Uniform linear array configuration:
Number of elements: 32
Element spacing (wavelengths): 1
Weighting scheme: blackman
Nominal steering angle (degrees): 15
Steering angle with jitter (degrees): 14.33
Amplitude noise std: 0.05
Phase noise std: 0.05

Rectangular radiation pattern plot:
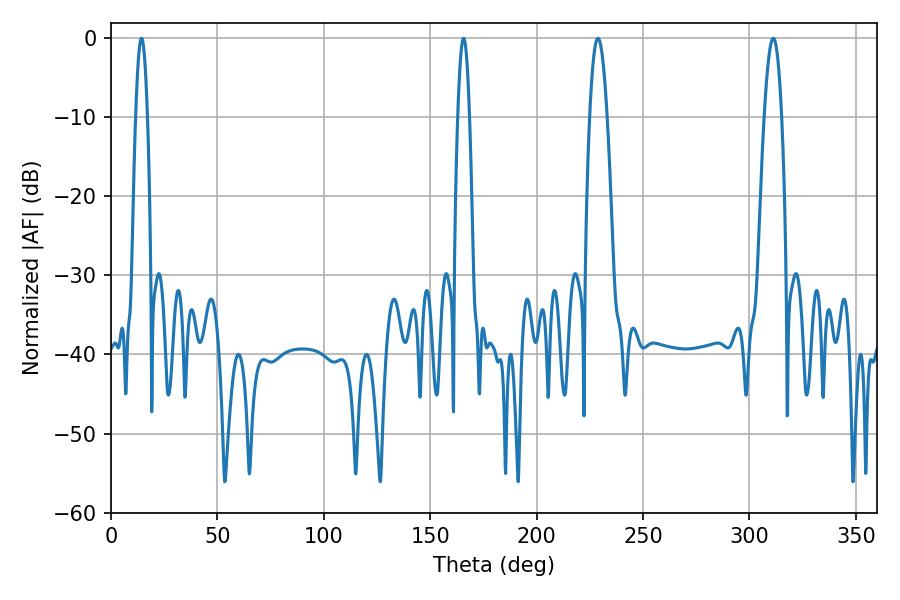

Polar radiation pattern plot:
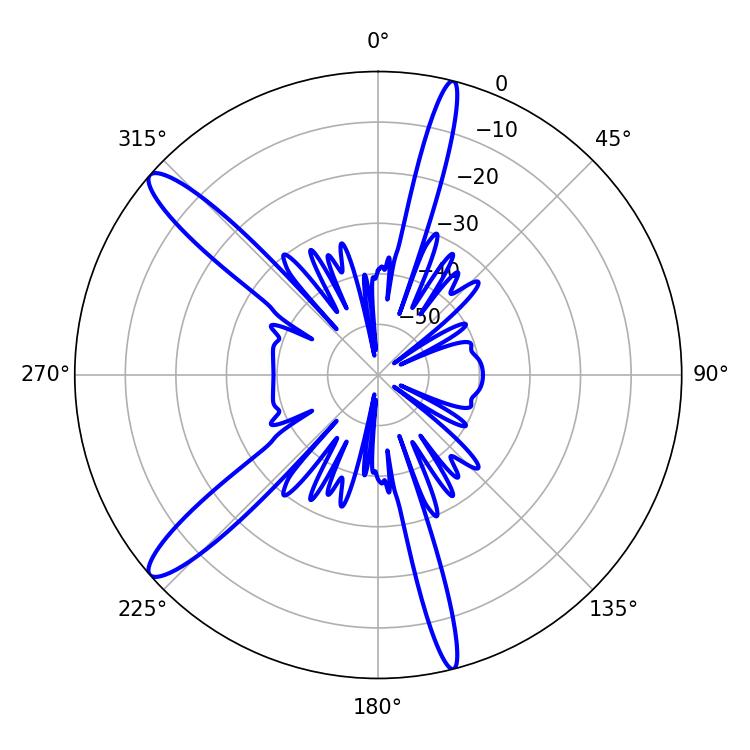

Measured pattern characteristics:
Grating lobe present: TRUE
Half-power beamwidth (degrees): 4.5
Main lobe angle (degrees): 228.78